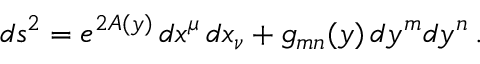
d s ^ { 2 } = e ^ { 2 A ( y ) } \, d x ^ { \mu } \, d x _ { \nu } + g _ { m n } ( y ) \, d y ^ { m } d y ^ { n } \, .